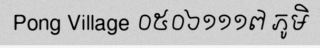
Pong Village ០៥០៦១១១៧ ភូមិ